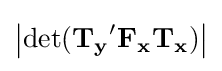
\left|\operatorname {det} (\mathbf {T_{y}} '\mathbf {F_{x}T_{x}} )\right|